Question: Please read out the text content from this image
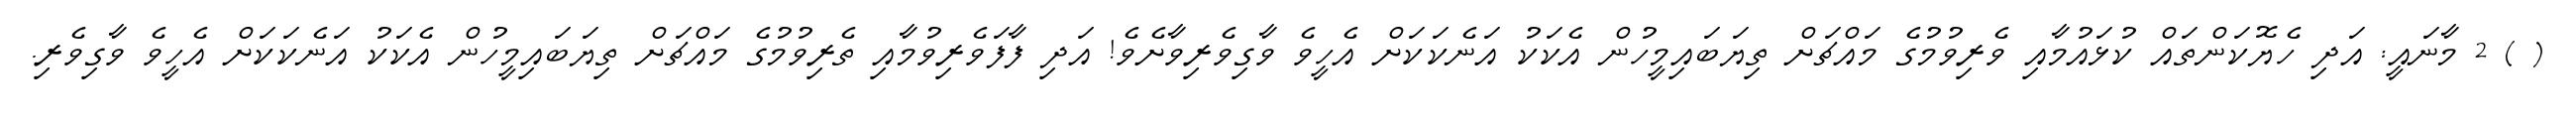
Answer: ( ) 2 މާނައީ: އަދި ހެޔޮކަންތައް ކުޅައުމާއި ވެރިވުމުގެ މައްޗަށް ތިޔަބައިމީހުން އެކަކު އަނެކަކަށް އެހީވެ ވާގިވެރިވާށެވެ! އަދި ފާފަވެރިވުމާއި ތެރިވުމުގެ މައްޗަށް ތިޔަބައިމީހުން އެކަކު އަނެކަކަށް އެހީވެ ވާގިވެރި.